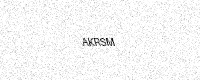
Text: AKRSM